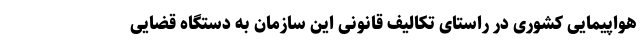
هواپیمایی کشوری در راستای تکالیف قانونی این سازمان به دستگاه قضایی